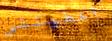
اعطيتني